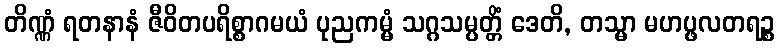
တိဏ္ဏံ ရတနာနံ ဇီဝိတပရိစ္စာဂမယံ ပုညကမ္မံ သဂ္ဂသမ္ပတ္တိံ ဒေတိ, တသ္မာ မဟပ္ဖလတရဉ္စ